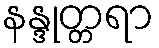
နန္ဒုတ္တရာ